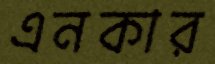
এনকার